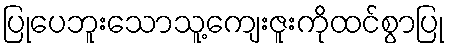
ပြုပေဘူးသောသူ့ကျေးဇူးကိုထင်စွာပြု